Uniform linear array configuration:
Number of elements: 8
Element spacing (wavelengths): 0.25
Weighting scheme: hamming
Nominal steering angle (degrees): -60
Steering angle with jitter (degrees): -60.871
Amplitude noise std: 0.05
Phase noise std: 0.05

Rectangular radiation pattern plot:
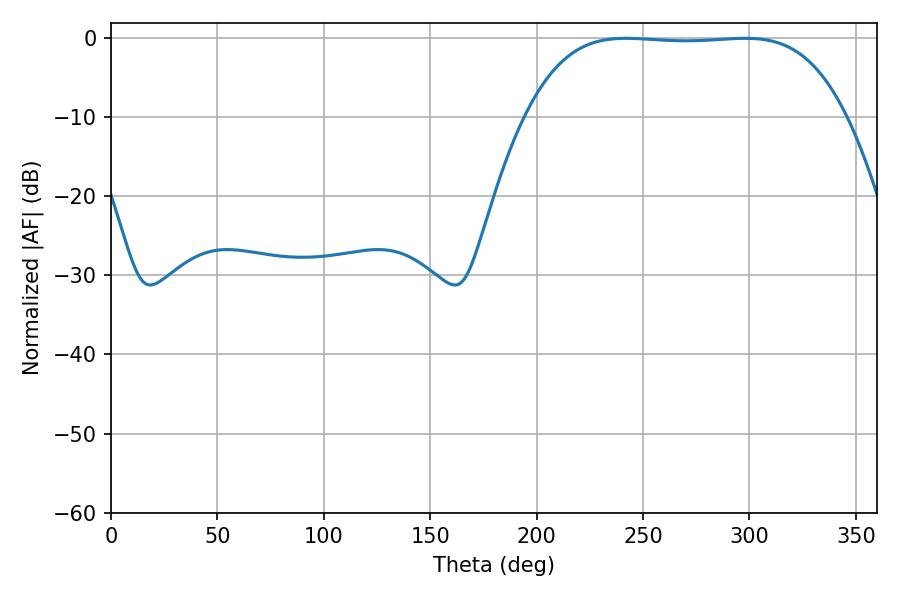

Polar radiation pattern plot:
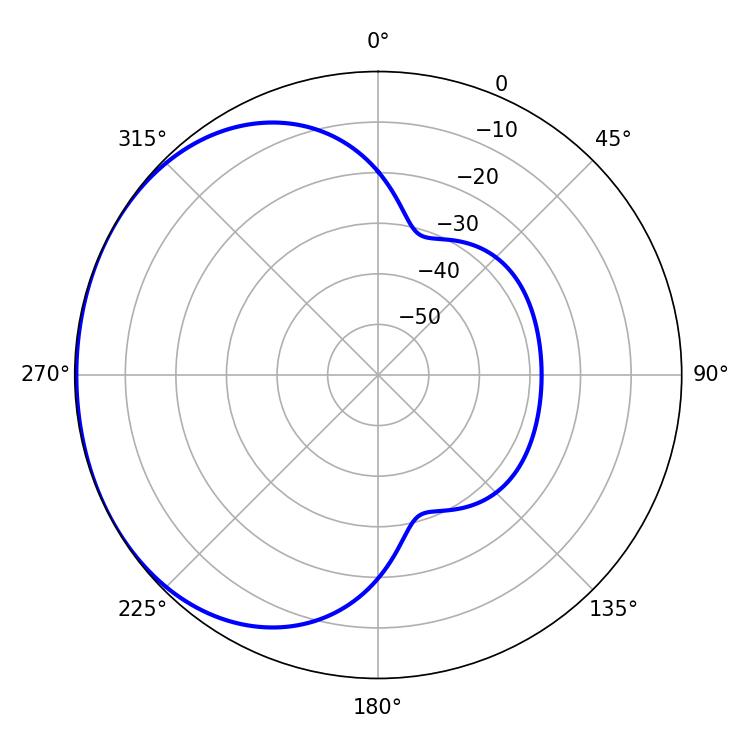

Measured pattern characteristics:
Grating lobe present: FALSE
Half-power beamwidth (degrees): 116.64
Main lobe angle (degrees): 241.92